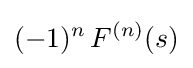
(-1)^{n}\,F^{(n)}(s)